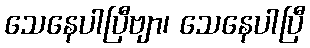
သေနေပါပြီဗျာ၊ သေနေပါပြီ